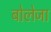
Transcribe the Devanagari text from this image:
बोलेजा